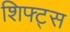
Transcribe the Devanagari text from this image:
शिफ्ट्स